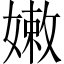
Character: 嫩